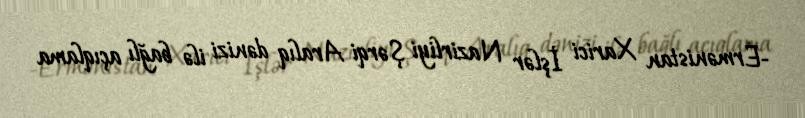
-Ermənistan Xarici İşlər Nazirliyi Şərqi Aralıq dənizi ilə bağlı açıqlama